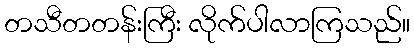
တသီတတန်းကြီး လိုက်ပါလာကြသည်။